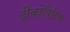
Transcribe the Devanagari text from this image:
ट्रीकोपिटिस